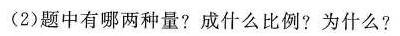
(2)题中有哪两种量？成什么比例？为什么？